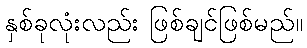
နှစ်ခုလုံးလည်း ဖြစ်ချင်ဖြစ်မည်။